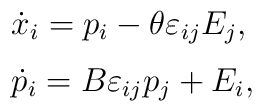
\begin{array}{ll}     \dot{x}_{i}     =p_{i}-\theta\varepsilon_{ij}E_{j},     \\[6pt]     \dot{p}_{i}     =B\varepsilon_{ij}p_{j}+E_{i},     \end{array}